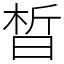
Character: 晳